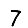
Digit: 7